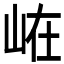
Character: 𭖘